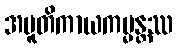
အပူတိကာယကမ္မန္တဿ